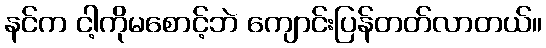
နင်က ငါ့ကိုမစောင့်ဘဲ ကျောင်းပြန်တတ်လာတယ်။